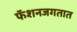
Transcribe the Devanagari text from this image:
फॅशनजगतात